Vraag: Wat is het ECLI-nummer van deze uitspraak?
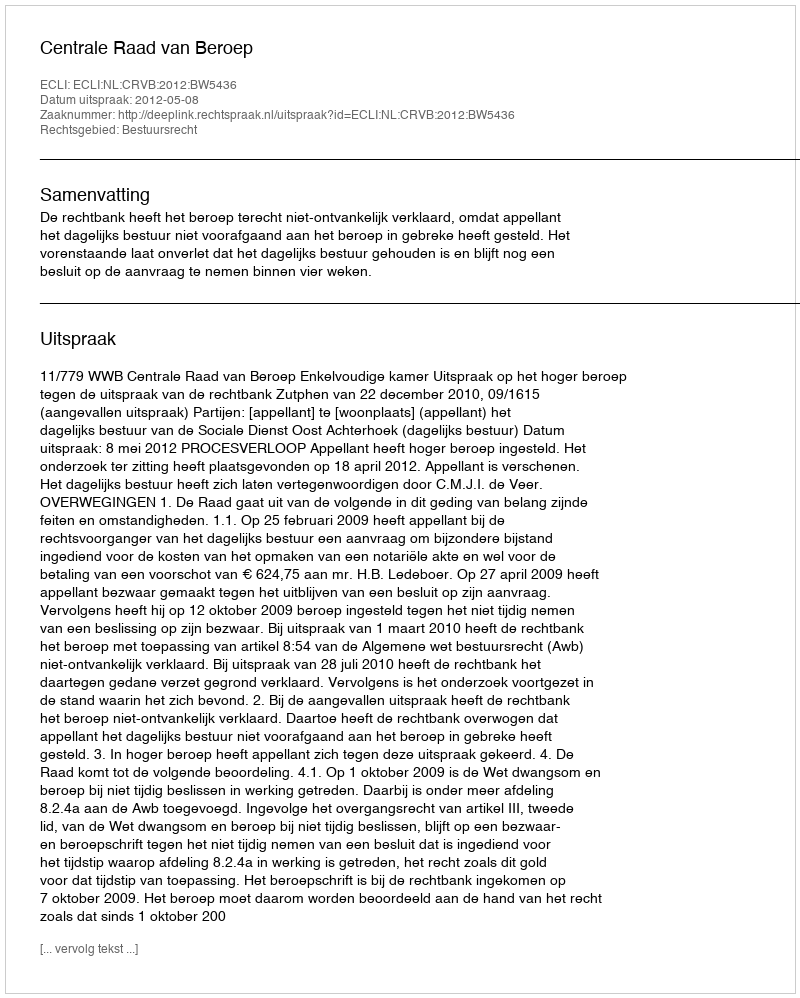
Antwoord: ECLI:NL:CRVB:2012:BW5436